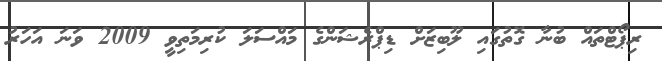
ރިޕޯޓްތައް ބުނާ ގޮތުގައި ލޫބިޒަށް ޑިޕްރެޝަންގެ މައްސަަލަ ކުރިމަތިވީ 2009 ވަނަ އަހަރު